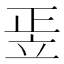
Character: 𥩠